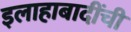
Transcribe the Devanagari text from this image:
इलाहाबादींची